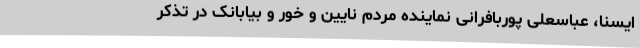
ایسنا، عباسعلی پوربافرانی نماینده مردم نایین و خور و بیابانک در تذکر